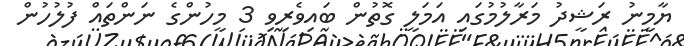
ޔާމީނު ރަޝީދު މަރާލުމުގައި އަމަލީ ގޮތުން ބައިވެރިވި 3 މީހުންގެ ނަންތައް ފުލުހުން